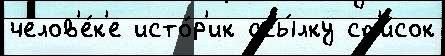
челов'е́к'е исто́р'ик ссы́лку сп'и́сок